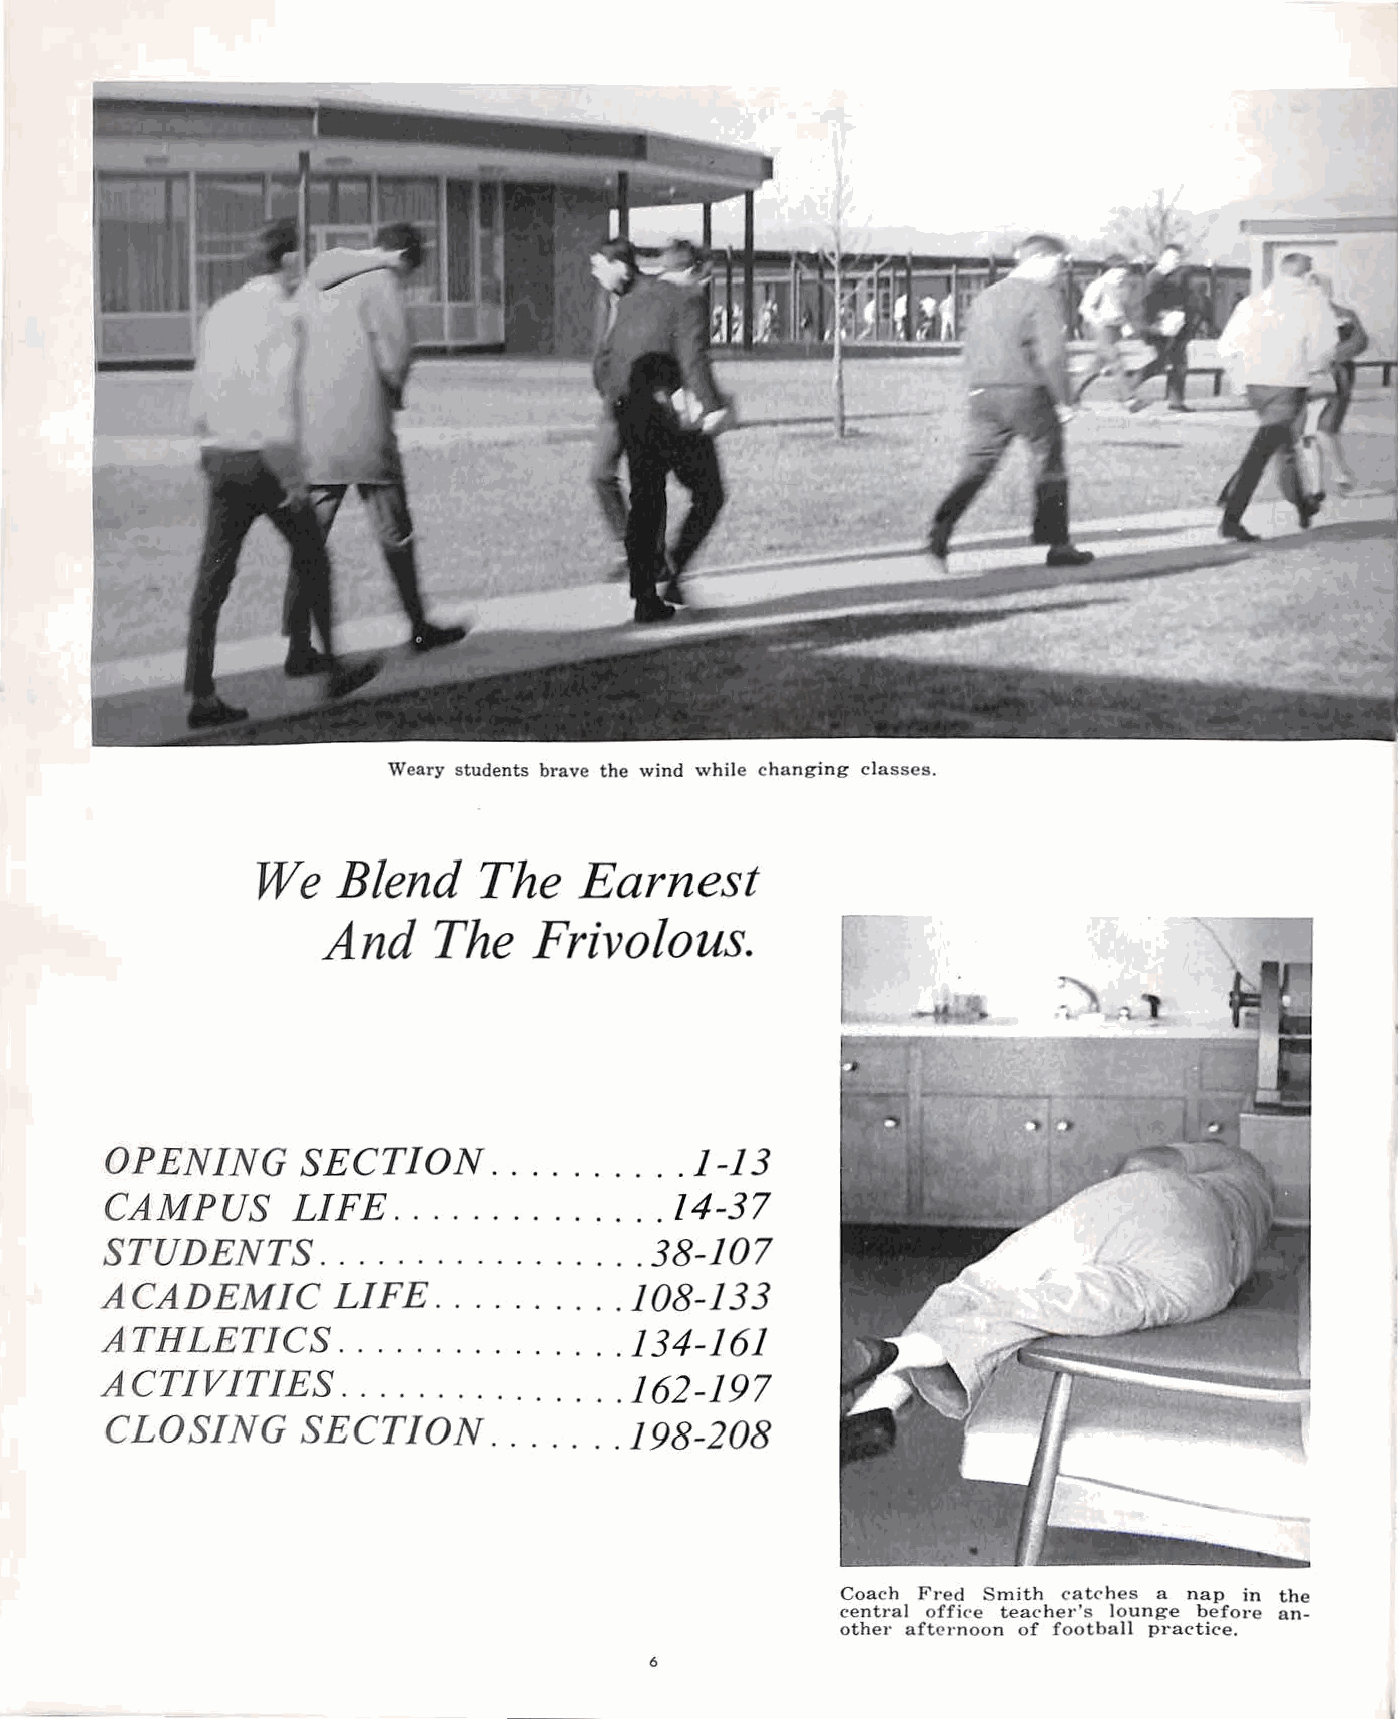
Weary students brave the wind while changing classes.
 We    Blend    The    Earnest
 And    The    Frivolous.
 OPENING      SECTION      . .. . . ... .. 1-13
 CAMPUS       LIFE  ....  ......  . .. . 14-37
 STUDENTS       . ................   38-107
 ACADEMIC       LIFE   ... ......  . 108-133
 ATHLETICS       ... . ..... .. .. .. 134-161
 ACTIVITIES      .............    . . 162-197
 CLOSING      SECTION      .......  198-208
 Coach F1·ed Smith catches a nap in the
 central office teacher's lounge before an
 other afte1·noon of football practice.
 6